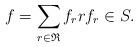
LaTeX: \begin{align*}f=\sum_{r\in \mathfrak{R}} f_r r f_r\in S. \end{align*}